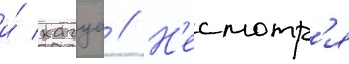
и́ кагуа // Н'есмотр'я